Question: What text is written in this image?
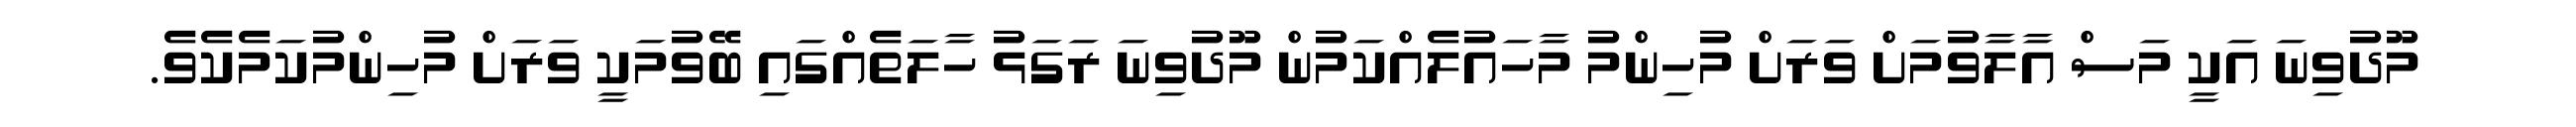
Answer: މޫދުވިނަ އަކީ މަސް އާލާވުމަށް ވަރަށް މުހިންމު މާހައުލެއްކަމުން މޫދުވިނަ ރަގަޅު ހާލަތެއްގައި ބޭވުމަކީ ވަރަށް މުހިންމުކަމެކެވެ.